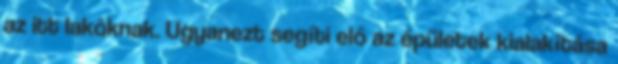
az itt lakóknak. Ugyanezt segíti elő az épületek kialakítása